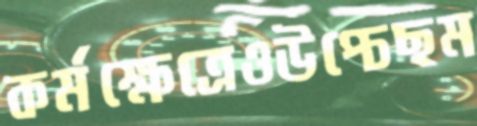
কর্মক্ষেত্রেওউপ্‌চেছম